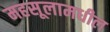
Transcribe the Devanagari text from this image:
महसूलामधील